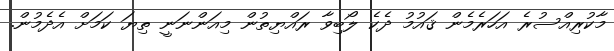
މާކުރިއްސުރެ އަހަރެމެން ޤައުމު ދެކެ ލޯބިވާ ރައްޔިތުން މިއަންނަނީ ތިޔަ ކަމަށް އެދެމުން.